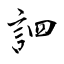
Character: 訵